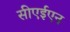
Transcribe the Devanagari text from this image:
सीएईएन